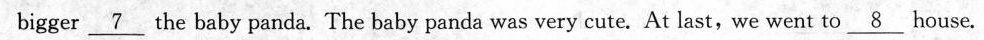
bigger\underline{ 7} the baby panda. The baby panda was very cute. At last,we went to\underline{8} house.